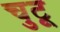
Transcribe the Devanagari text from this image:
चुटू